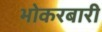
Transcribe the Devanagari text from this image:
भोकरबारी